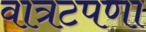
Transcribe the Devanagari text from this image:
वात्रटपणा